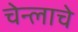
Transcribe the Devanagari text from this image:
चेन्लाचे